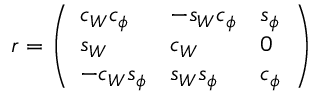
r = \left( \begin{array} { l l l } { { c _ { W } c _ { \phi } } } & { { - s _ { W } c _ { \phi } } } & { { s _ { \phi } } } \\ { { s _ { W } } } & { { c _ { W } } } & { { 0 } } \\ { { - c _ { W } s _ { \phi } } } & { { s _ { W } s _ { \phi } } } & { { c _ { \phi } } } \end{array} \right)